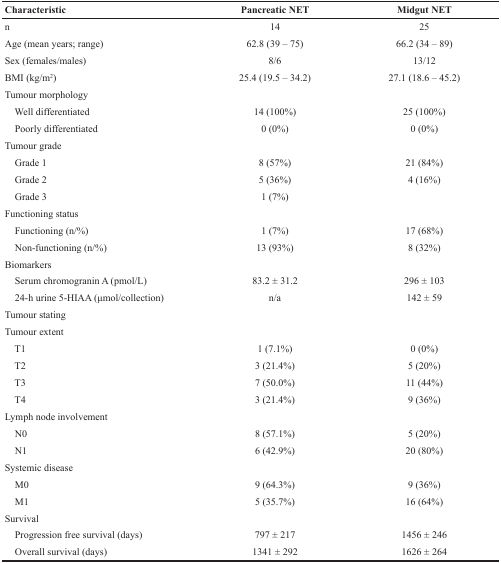
<table><thead><tr><td><b>Characteristic</b></td><td><b>Pancreatic NET</b></td><td><b>Midgut NET</b></td></tr></thead><tbody><tr><td>n</td><td>14</td><td>25</td></tr><tr><td>Age (mean years; range)</td><td>62.8 (39 – 75)</td><td>66.2 (34 – 89)</td></tr><tr><td>Sex (females/males)</td><td>8/6</td><td>13/12</td></tr><tr><td>BMI (kg/m<sup>2</sup>)</td><td>25.4 (19.5 – 34.2)</td><td>27.1 (18.6 – 45.2)</td></tr><tr><td>Tumour morphology</td><td></td><td></td></tr><tr><td> Well differentiated</td><td>14 (100%)</td><td>25 (100%)</td></tr><tr><td> Poorly differentiated</td><td>0 (0%)</td><td>0 (0%)</td></tr><tr><td>Tumour grade</td><td></td><td></td></tr><tr><td> Grade 1</td><td>8 (57%)</td><td>21 (84%)</td></tr><tr><td> Grade 2</td><td>5 (36%)</td><td>4 (16%)</td></tr><tr><td> Grade 3</td><td>1 (7%)</td><td></td></tr><tr><td>Functioning status</td><td></td><td></td></tr><tr><td> Functioning (n/%)</td><td>1 (7%)</td><td>17 (68%)</td></tr><tr><td> Non-functioning (n/%)</td><td>13 (93%)</td><td>8 (32%)</td></tr><tr><td>Biomarkers</td><td></td><td></td></tr><tr><td> Serum chromogranin A (pmol/L)</td><td>83.2 ± 31.2</td><td>296 ± 103</td></tr><tr><td> 24-h urine 5-HIAA (μmol/collection)</td><td>n/a</td><td>142 ± 59</td></tr><tr><td>Tumour stating</td><td></td><td></td></tr><tr><td>Tumour extent</td><td></td><td></td></tr><tr><td> T1</td><td>1 (7.1%)</td><td>0 (0%)</td></tr><tr><td> T2</td><td>3 (21.4%)</td><td>5 (20%)</td></tr><tr><td> T3</td><td>7 (50.0%)</td><td>11 (44%)</td></tr><tr><td> T4</td><td>3 (21.4%)</td><td>9 (36%)</td></tr><tr><td>Lymph node involvement</td><td></td><td></td></tr><tr><td> N0</td><td>8 (57.1%)</td><td>5 (20%)</td></tr><tr><td> N1</td><td>6 (42.9%)</td><td>20 (80%)</td></tr><tr><td>Systemic disease</td><td></td><td></td></tr><tr><td> M0</td><td>9 (64.3%)</td><td>9 (36%)</td></tr><tr><td> M1</td><td>5 (35.7%)</td><td>16 (64%)</td></tr><tr><td>Survival</td><td></td><td></td></tr><tr><td> Progression free survival (days)</td><td>797 ± 217</td><td>1456 ± 246</td></tr><tr><td> Overall survival (days)</td><td>1341 ± 292</td><td>1626 ± 264</td></tr></tbody></table>